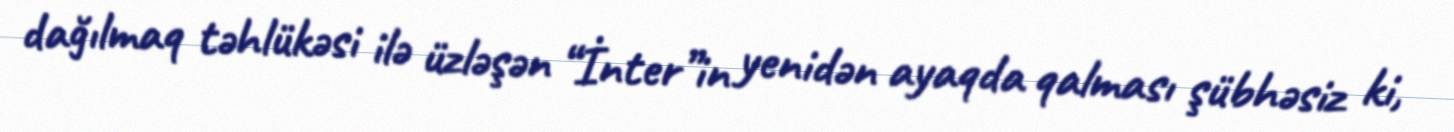
dağılmaq təhlükəsi ilə üzləşən “İnter”in yenidən ayaqda qalması şübhəsiz ki,